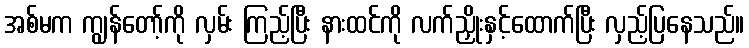
အစ်မက ကျွန်တော့်ကို လှမ်း ကြည့်ပြီး နားထင်ကို လက်ညှိုးနှင့်ထောက်ပြီး လှည့်ပြနေသည်။